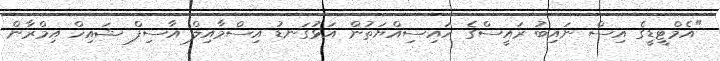
"އެމްޓީޑީގެ އިސް ނައިބު ރައީސްގެ ހައިސިއްޔަތުން އަޅުގަނޑު އިސްމާއިލް އާސިފް ޝައިހް އިމްރާން